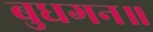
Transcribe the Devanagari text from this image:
बुधगन॥